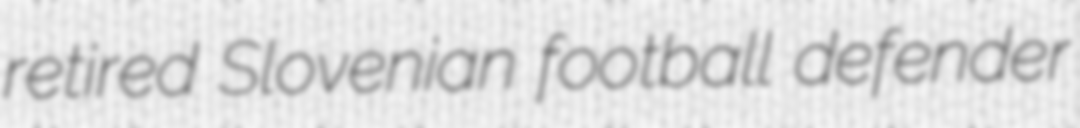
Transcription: retired Slovenian football defender